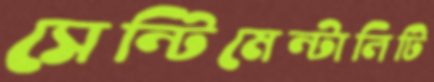
সেন্টিমেন্টালিটি